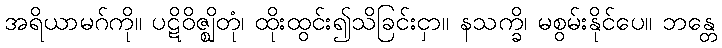
အရိယာမဂ်ကို။ ပဋိဝိဇ္ဈိတုံ၊ ထိုးထွင်း၍သိခြင်းငှာ။ နသက္ခိ၊ မစွမ်းနိုင်ပေ။ ဘန္တေ